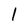
Character: l